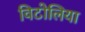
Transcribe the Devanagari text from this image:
विटोलिया